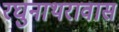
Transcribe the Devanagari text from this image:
रघुनाथरावास